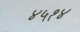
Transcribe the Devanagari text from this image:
४५१४